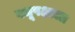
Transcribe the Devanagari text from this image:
वधूपक्षाला